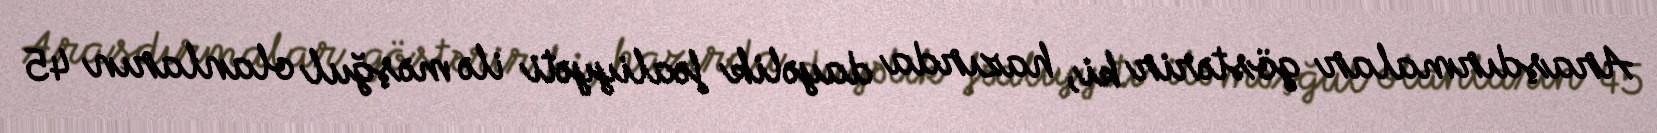
Araşdırmalar göstərir ki, hazırda dayəlik fəaliyyəti ilə məşğul olanların 45